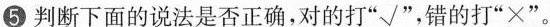
⑤判断下面的说法是否正确，对的打”√”，错的打”×”。